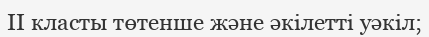
II класты төтенше және әкілетті уәкіл;